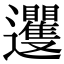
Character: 䢲